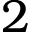
2